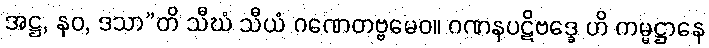
အဋ္ဌ, နဝ, ဒသာ”တိ သီဃံ သီယံ ဂဏေတဗ္ဗမေဝ။ ဂဏနပဋိဗဒ္ဓေ ဟိ ကမ္မဋ္ဌာနေ